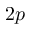
2 p